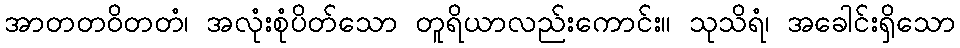
အာတတဝိတတံ၊ အလုံးစုံပိတ်သော တူရိယာလည်းကောင်း။ သုသိရံ၊ အခေါင်းရှိသော